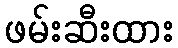
ဖမ်းဆီးထား